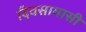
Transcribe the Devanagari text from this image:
दिवसामासी